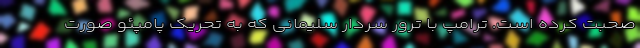
صحبت کرده است. ترامپ با ترور سردار سلیمانی که به تحریک پامپئو صورت